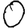
Digit: 0